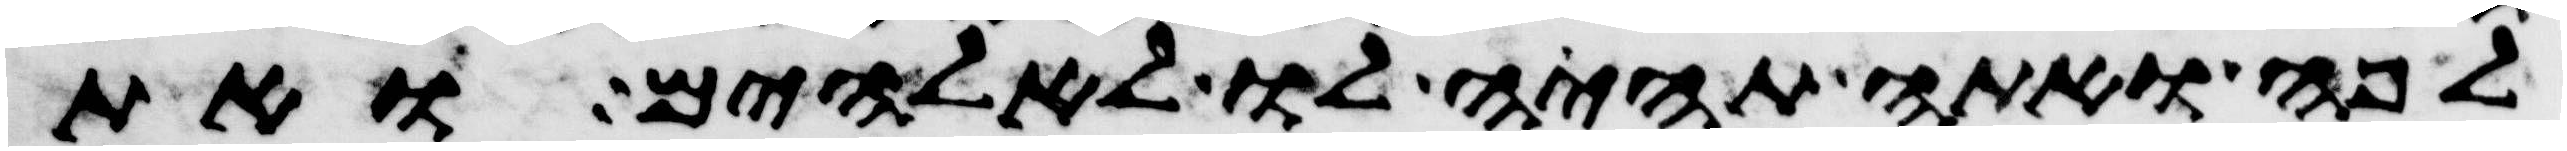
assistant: לפה ואתה תהיה לו לאלהים ואת